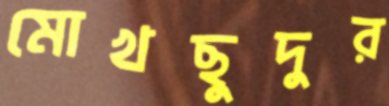
মোখছুদুর